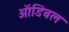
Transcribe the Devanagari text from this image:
ऑडिबल